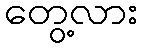
တွေ့လား